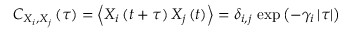
C _ { X _ { i } , X _ { j } } \left( \tau \right) = \left\langle X _ { i } \left( t + \tau \right) X _ { j } \left( t \right) \right\rangle = \delta _ { i , j } \, \exp { \left( - \gamma _ { i } \left| \tau \right| \right) }